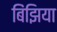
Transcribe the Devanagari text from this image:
बिंझिया